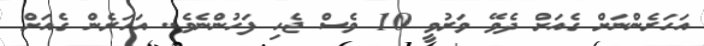
އަހަރެންނަށް ގެއަށް ދެވޭ ވަރުވީ 10 ވެސް ޖެހި ފަހުންނެވެ.. އަހަރެން ގެއަށް